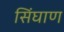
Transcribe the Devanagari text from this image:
सिंघाण